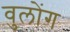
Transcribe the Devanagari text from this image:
वुलोंग